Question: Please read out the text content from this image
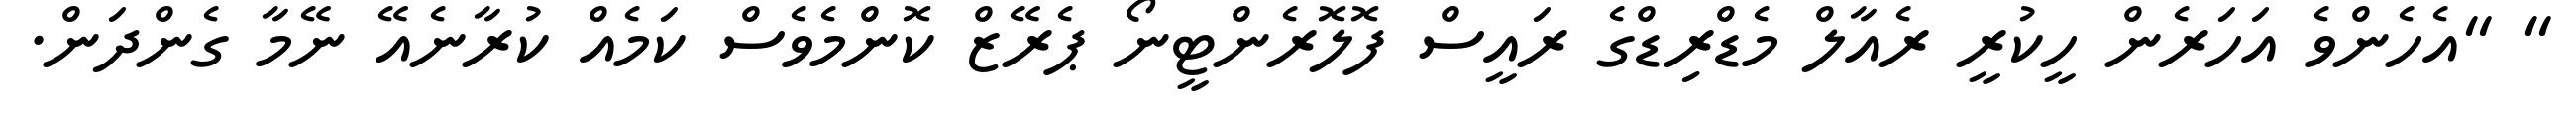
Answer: " "އެހެންވެ އަހަރެން ހީކުރީ ރެއާލް މެޑްރިޑްގެ ރައީސް ފޮލޮރެންޓީނޯ ޕެރޭޒް ކޮންމެވެސް ކަމެއް ކުރާނެއޭ ނޭމާ ގެންދަން.